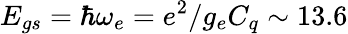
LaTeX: E_{gs}=\hbar\omega_{e}=e^{2}/g_{e}C_{q}\sim 13.6